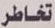
تخاطر